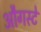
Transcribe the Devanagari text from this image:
औगस्टे